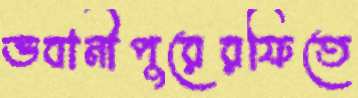
ভবানীপুরেরফিতে